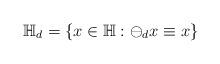
LaTeX: \begin{align*}\mathbb{H}_{d} = \{x\in \mathbb{H}: \ominus_{d} x \equiv x\}\end{align*}